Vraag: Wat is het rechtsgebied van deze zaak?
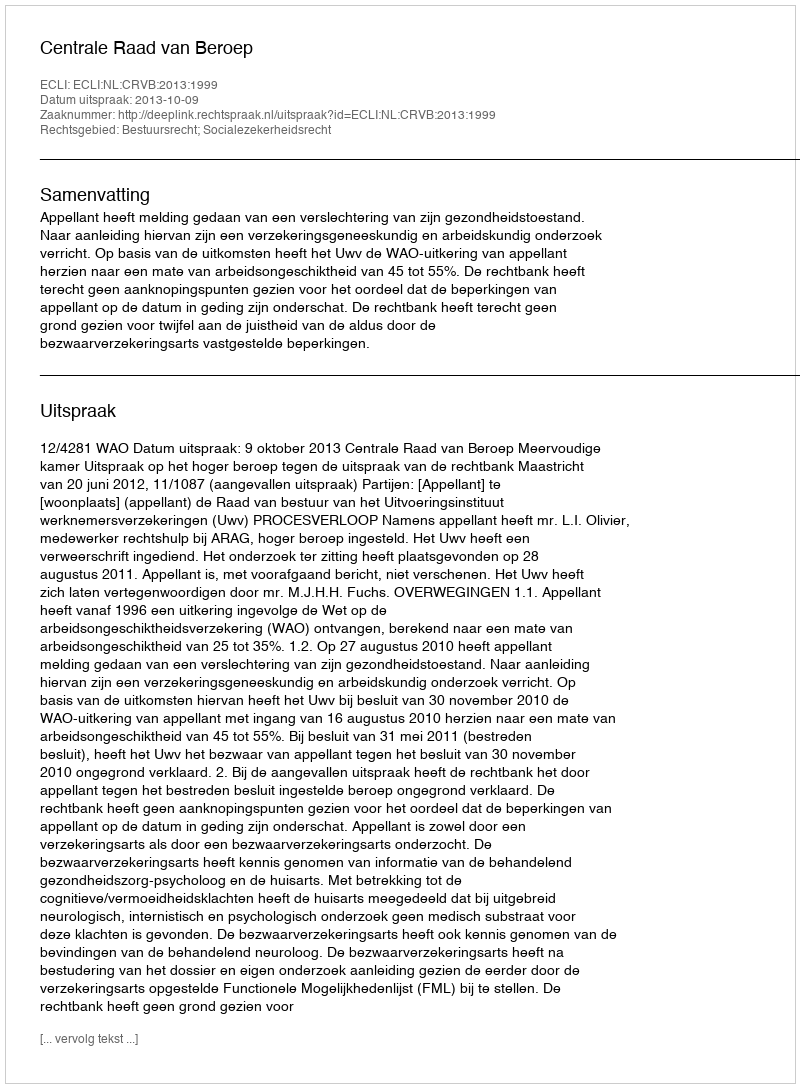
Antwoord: Bestuursrecht; Socialezekerheidsrecht